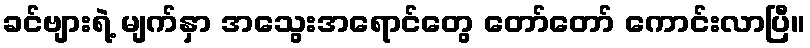
ခင်ဗျားရဲ့ မျက်နှာ အသွေးအရောင်တွေ တော်တော် ကောင်းလာပြီ။